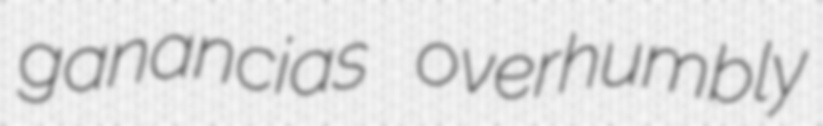
ganancias overhumbly